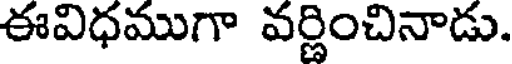
ఈవిధముగా వర్ణించినాడు.